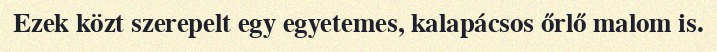
Ezek közt szerepelt egy egyetemes, kalapácsos őrlő malom is.